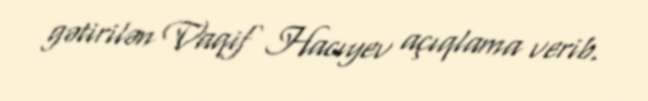
gətirilən Vaqif Hacıyev açıqlama verib.